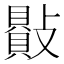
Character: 𣀕